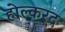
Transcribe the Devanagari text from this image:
होल्करद